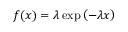
f ( x ) = \lambda \exp \left( - \lambda x \right)